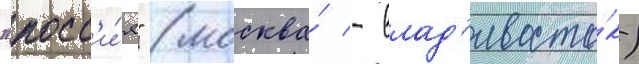
"росс'и́я" (москва́ - влад'ивосто́к)